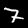
Digit: 7